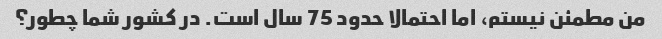
من مطمئن نیستم، اما احتمالا حدود 75 سال است. در کشور شما چطور؟